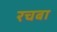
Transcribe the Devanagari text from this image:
रचबा